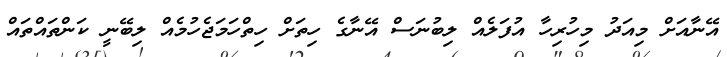
އޭނާއަށް މިއަދު މިހުރިހާ އުފަލެއް ލިބުނަސް އޭނާގެ ހިތަށް ހިތްހަމަޖެހުމެއް ލިބޭނީ ކަންތައްތައް